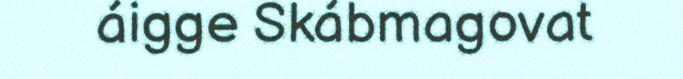
áigge Skábmagovat